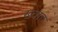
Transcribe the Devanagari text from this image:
ख्वाह